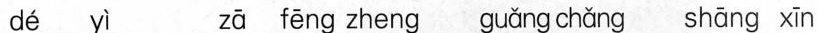
dé yì zā fēng zhēng guǎng chǎng shàng xīn